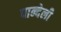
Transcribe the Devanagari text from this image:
पान्देली